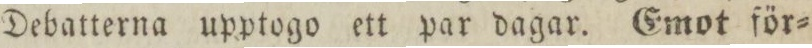
Debatterna upptogo ett par dagar. Emot för=